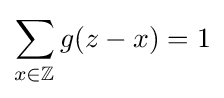
\sum _{x\in \mathbb {Z^{d}} }g(z-x)=1